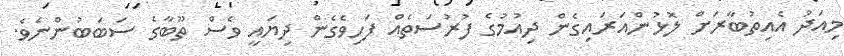
މިއަދު އެއިތުބާރަށް ލޮޅުންއަރައިގެން ދިއުމުގެ ފުރުސަތެއް ފަހިވެގެން ދިޔައީ ވެސް ތޫބާގެ ސަބަބުންނެވެ.